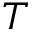
T